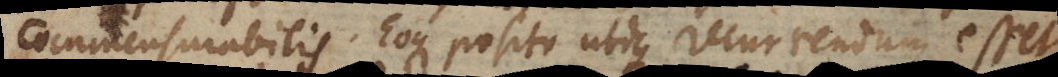
commensurabilis. Eoque posito utique recurrendum esset